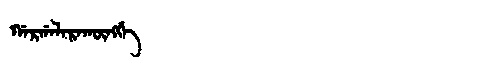
Manchu: ᡤᠠᡵᡤᠠᠯᠠᡵᠠᡴᡡᠩᡤᡝ
Romanization: GARGALARAKŪNGGE